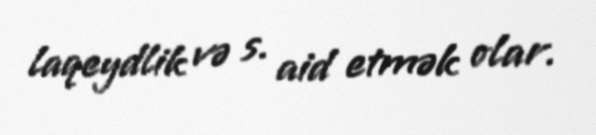
laqeydlik və s. aid etmək olar.